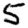
Digit: 5